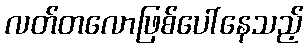
လတ်တလောဖြစ်ပေါ်နေသည့်